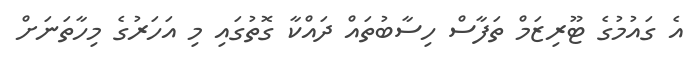
އެ ގައުމުގެ ޓޫރިޒަމް ތަފާސް ހިސާބުތައް ދައްކާ ގޮތުގައި މި އަހަރުގެ މިހާތަނަށް